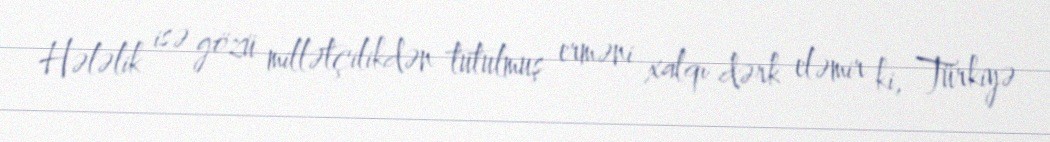
Hələlik isə gözü millətçilikdən tutulmuş erməni xalqı dərk eləmir ki, Türkiyə